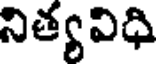
నిత్యవిధి